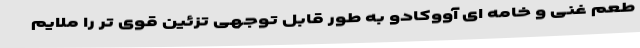
طعم غنی و خامه ای آووکادو به طور قابل توجهی تزئین قوی تر را ملایم